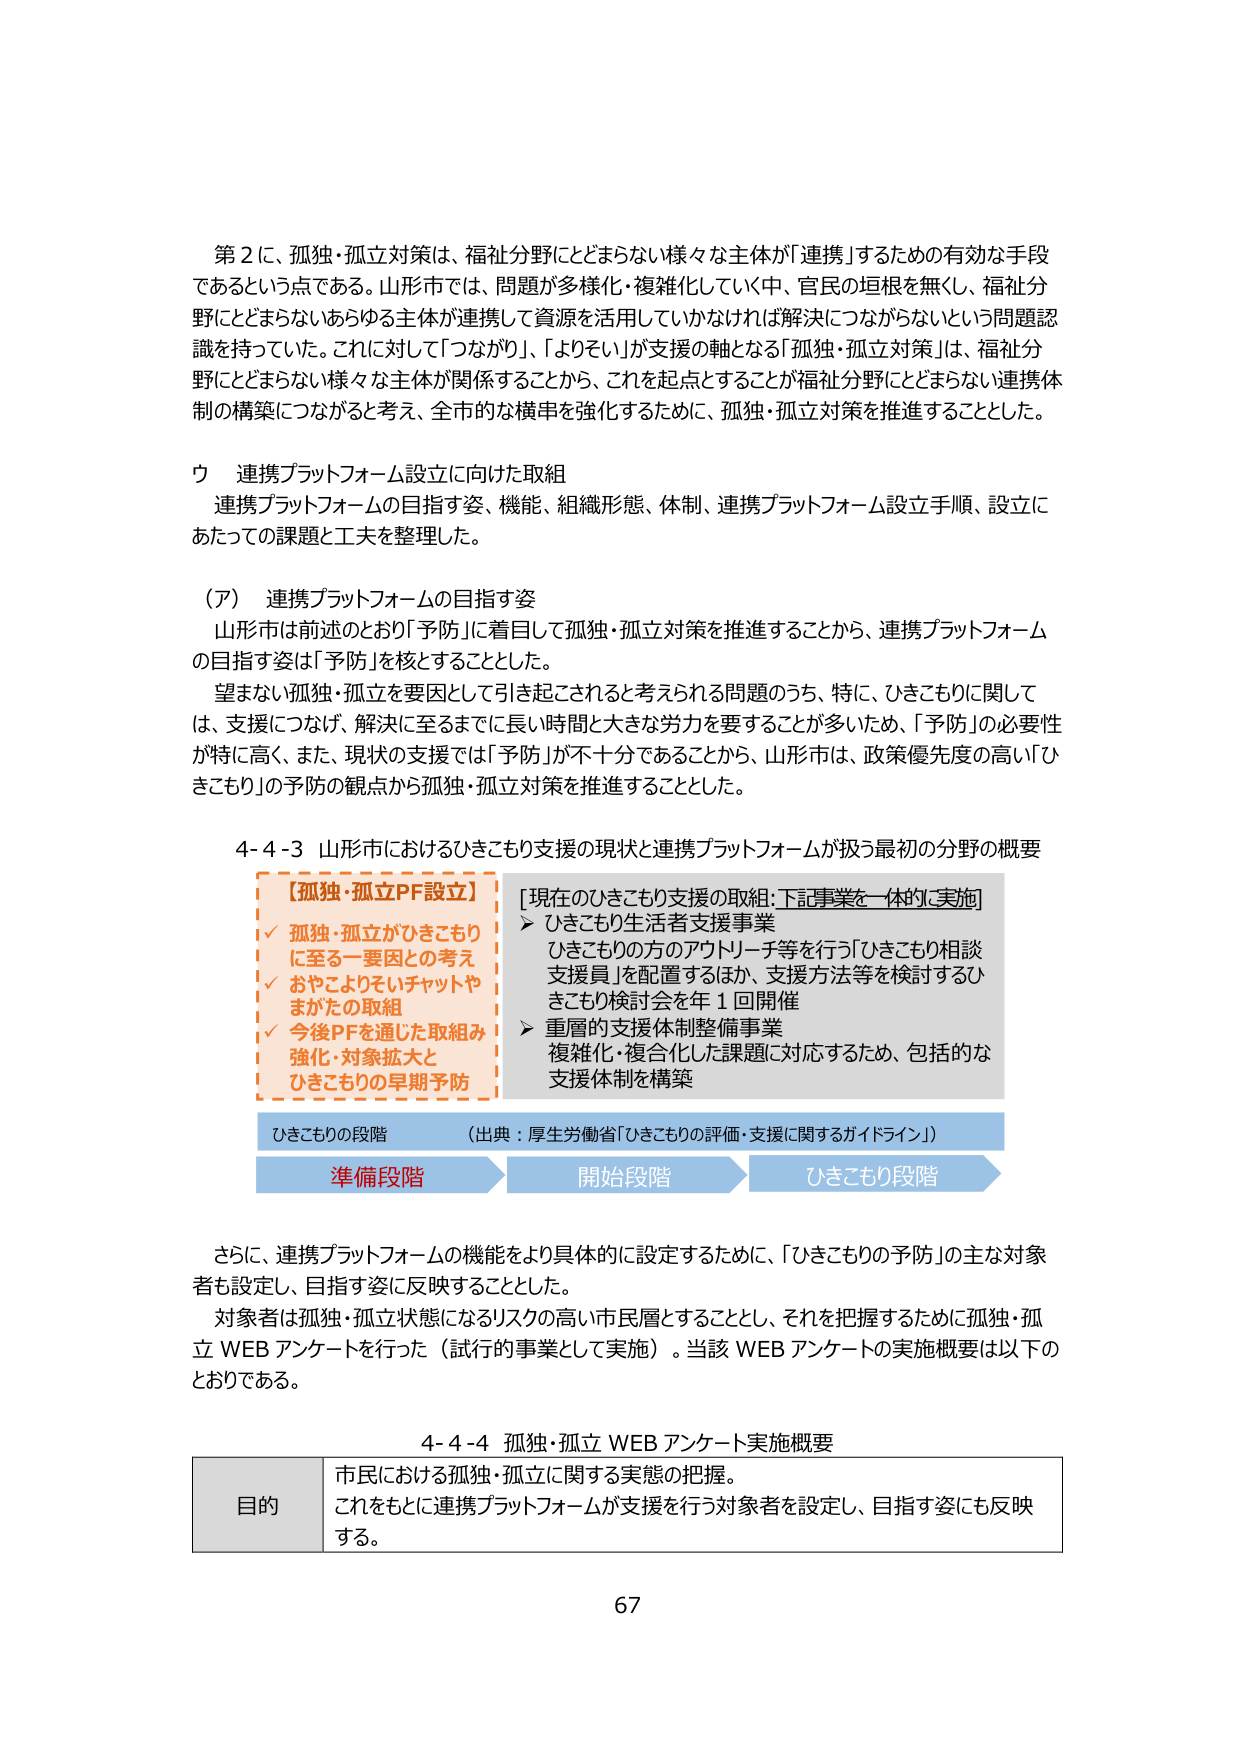
第２に、孤独・孤立対策は、福祉分野にとどまらない様々な主体が「連携」するための有効な手段であるという点である。山形市では、問題が多様化・複雑化していく中、官民の垣根を無くし、福祉分野にとどまらないあらゆる主体が連携して資源を活用していかなければ解決につながらないという問題認識を持っていた。これに対して「つながり」、「よりそい」が支援の軸となる「孤独・孤立対策」は、福祉分野にとどまらない様々な主体が関係することから、これを起点とすることが福祉分野にとどまらない連携体制の構築につながると考え、全市的な横串を強化するために、孤独・孤立対策を推進することとした。

ウ 連携プラットフォーム設立に向けた取組
連携プラットフォームの目指す姿、機能、組織形態、体制、連携プラットフォーム設立手順、設立にあたっての課題と工夫を整理した。

（ア） 連携プラットフォームの目指す姿
山形市は前述のとおり「予防」に着目して孤独・孤立対策を推進することから、連携プラットフォームの目指す姿は「予防」を核することとした。
望まない孤独・孤立を要因として引き起こされると考えられる問題のうち、特に、ひきこもりに関しては、支援につなげ、解決に至るまでに長い時間と大きな労力を要することが多いため、「予防」の必要性が特に高く、また、現状の支援では「予防」が不十分であることから、山形市は、政策優先度の高い「ひきこもり」の予防の観点から孤独・孤立対策を推進することとした。

4-4-3 山形市におけるひきこもり支援の現状と連携プラットフォームが扱う最初の分野の概要

【孤独・孤立PF設立】
✓ 孤独・孤立がひきこもりに至る一要因との考え
✓ おやこよりそいチャットやまがたの取組
✓ 今後PFを通じた取組み強化・対象拡大とひきこもりの早期予防

[現在のひきこもり支援の取組：下記事業を一体的に実施]
➤ ひきこもり生活者支援事業
　ひきこもりの方のアウトリーチ等を行う「ひきこもり相談支援員」を配置するほか、支援方法等を検討するひきこもり検討会を年1回開催
➤ 重層的支援体制整備事業
　複雑化・複合化した課題に対応するため、包括的な支援体制を構築

ひきこもりの段階 （出典：厚生労働省「ひきこもりの評価・支援に関するガイドライン」）
準備段階 → 開始段階 → ひきこもり段階

さらに、連携プラットフォームの機能をより具体的に設定するために、「ひきこもりの予防」の主な対象者も設定し、目指す姿に反映することとした。
対象者は孤独・孤立状態になるリスクの高い市民層とすることとし、それを把握するために孤独・孤立 WEB アンケートを行った（試行的事業として実施）。当該 WEB アンケートの実施概要は以下のとおりである。

4-4-4 孤独・孤立 WEB アンケート実施概要

目的
市民における孤独・孤立に関する実態の把握。
これをもとに連携プラットフォームが支援を行う対象者を設定し、目指す姿にも反映する。

67